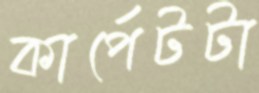
কার্পেটটা